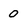
Character: 0